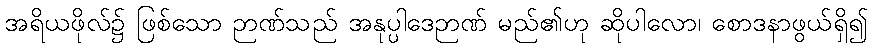
အရိယဖိုလ်၌ ဖြစ်သော ဉာဏ်သည် အနုပ္ပါဒေဉာဏ် မည်၏ဟု ဆိုပါလော၊ စောဒနာဖွယ်ရှိ၍